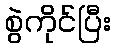
စွဲကိုင်ပြီး